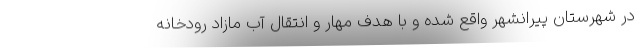
در شهرستان پیرانشهر واقع شده و با هدف مهار و انتقال آب مازاد رودخانه